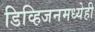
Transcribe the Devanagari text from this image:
डिव्हिजनमध्येही